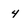
Character: 4